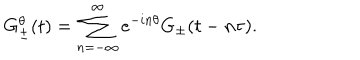
LaTeX: G _ { \pm } ^ { \theta } ( t ) = \sum _ { n = - \infty } ^ { \infty } e ^ { - i n \theta } G _ { \pm } ( t - n \tau ) .